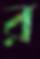
র